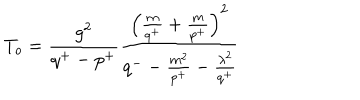
T _ { o } = \frac { g ^ { 2 } } { q ^ { + } - p ^ { + } } \frac { \left( \frac { m } { q ^ { + } } + \frac { m } { p ^ { + } } \right) ^ { 2 } } { q ^ { - } - \frac { m ^ { 2 } } { p ^ { + } } - \frac { \lambda ^ { 2 } } { q ^ { + } } }